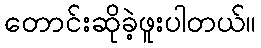
တောင်းဆိုခဲ့ဖူးပါတယ်။